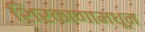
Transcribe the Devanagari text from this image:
शिरकाणामधून